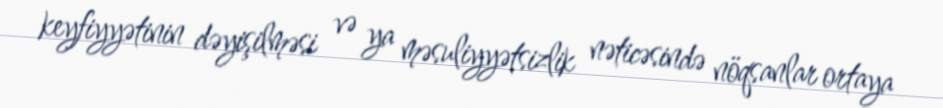
keyfiyyətinin dəyişilməsi və ya məsuliyyətsizlik nəticəsində nöqsanlar ortaya